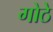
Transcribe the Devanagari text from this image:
गोठे